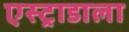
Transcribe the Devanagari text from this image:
एस्ट्राडाला